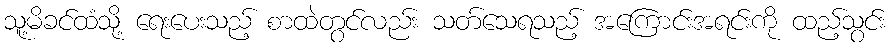
သူ့မိခင်ထံသို့ ရေးပေးသည့် စာထဲတွင်လည်း သတ်သေရသည့် အကြောင်းအရင်းကို ထည့်သွင်း